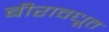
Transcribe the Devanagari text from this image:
बीरावधूत